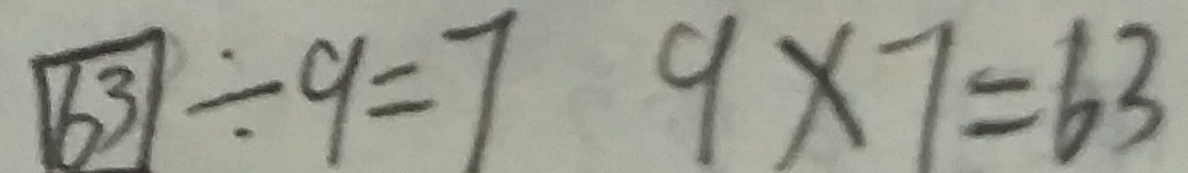
\boxed { 6 3 } \div 9 = 7 9 \times 7 = 6 3